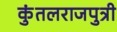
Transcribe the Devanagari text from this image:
कुंतलराजपुत्री